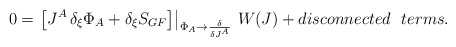
\begin{align*}0=\left. \left[J^A \, \delta_{\xi}\Phi_A + \delta_{\xi} S_{GF} \right] \right|_{\Phi_A\rightarrow \frac{\delta}{\delta J^A}} \, W(J)+ disconnected~~terms.\end{align*}